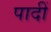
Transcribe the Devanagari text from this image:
पादीं